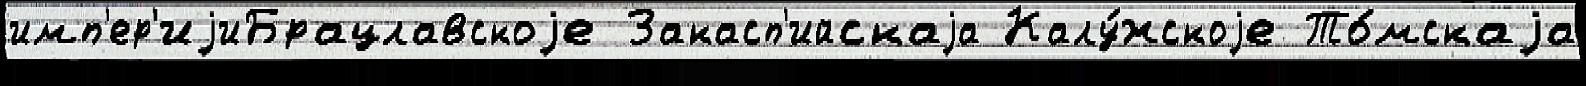
имп'ер'иjиБрацлавскоjе Закасп'ийскаjа Калу́жскоjе То́мскаjа